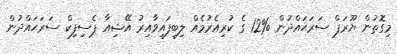
މިގޮތުން ޔޫރަޕް ސަރަޙައްދުން %12 ގެ ކުރިއެރުމެއް ލިބިފައިވާއިރު އޭޝިއާ ޕެސިފިކް ސަރަޙައްދުން